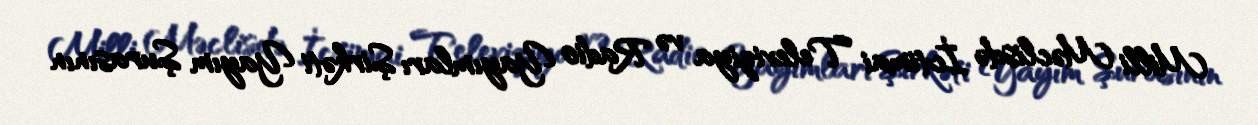
Milli Məclisdə İctimai Televiziya və Radio Yayımları Şirkəti Yayım Şurasının